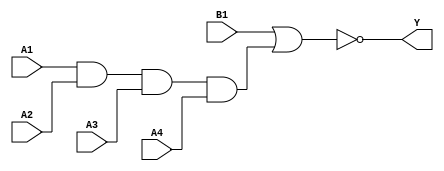
module sky130_fd_sc_lp__a41oi (
    Y ,
    A1,
    A2,
    A3,
    A4,
    B1
);
    output Y ;
    input  A1;
    input  A2;
    input  A3;
    input  A4;
    input  B1;
    wire and0_out  ;
    wire nor0_out_Y;
    and and0 (and0_out  , A1, A2, A3, A4 );
    nor nor0 (nor0_out_Y, B1, and0_out   );
    buf buf0 (Y         , nor0_out_Y     );
endmodule